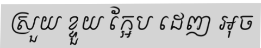
ស្រួយ ខ្ទួយ ក្អែប ដេញ អុច